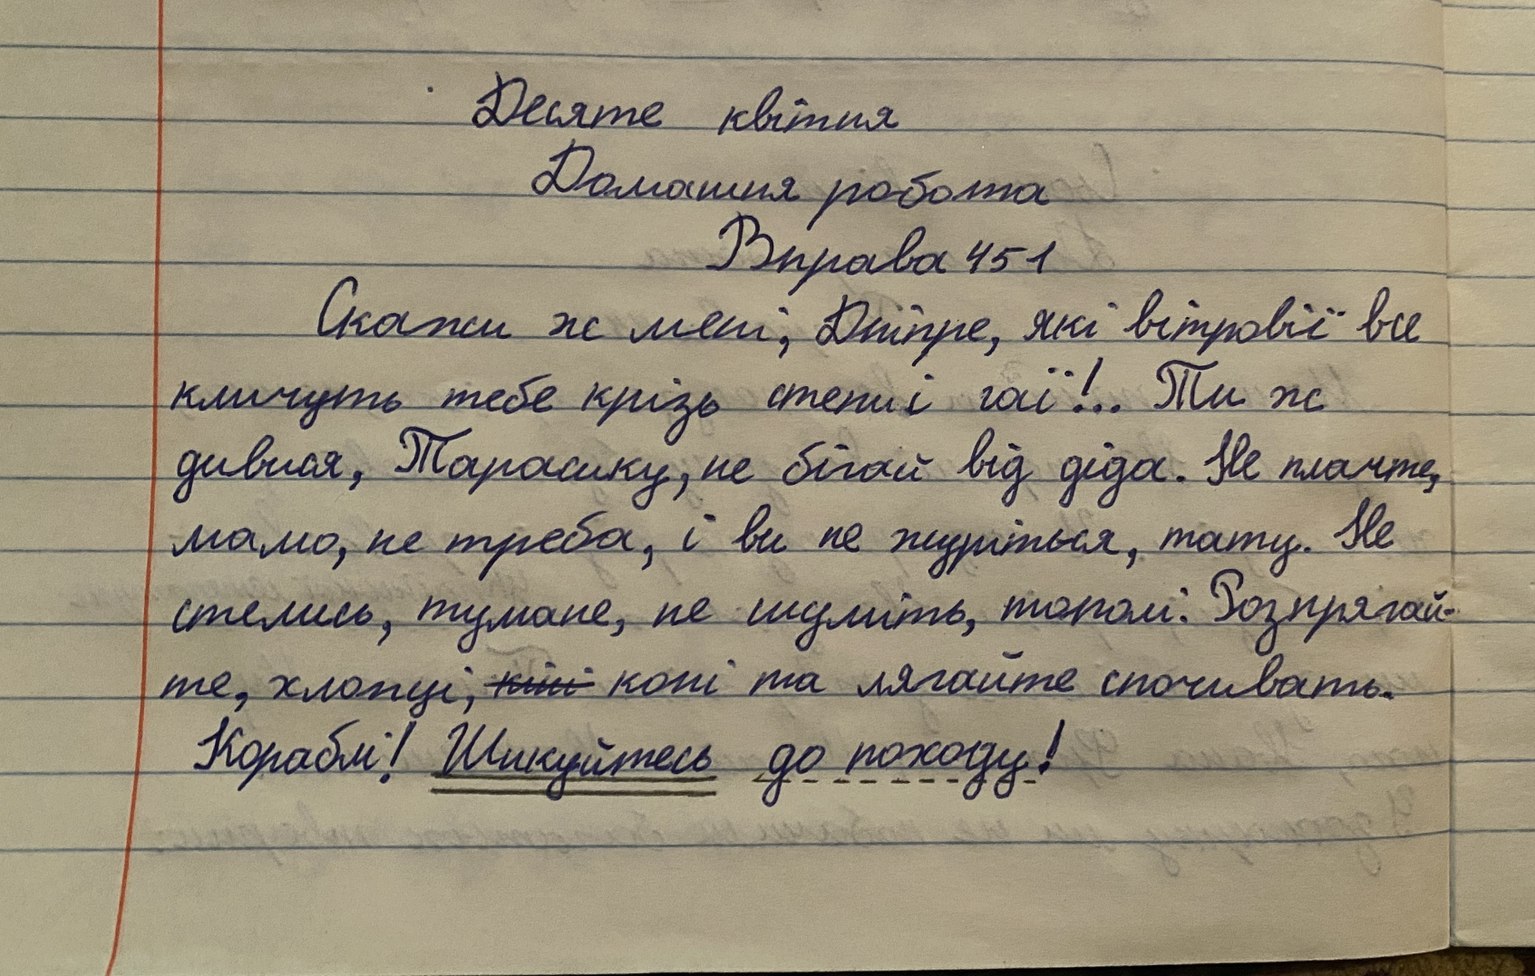
Десяте квітня
Домашня робота
Вправа 451
Скажи ж мені; Дніпре, які  вітровії все
кличуть тебе крізь степи і гаї!.. Ти ж
дивися, Тарасику, не бігай від діда. Не плачте,
мамо, не треба, і ви не журіться, тату. Не
стелись, тумане, не шуміть, тополі: Розпрягай-
те, хлопці, ~~кіні~~коні та лягайте спочивать.
Кораблі! Шикуйтесь до походу!